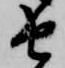
由